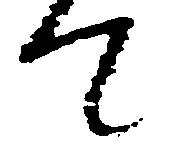
て